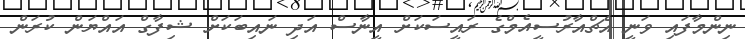
ނިންމާފައި ވަނީ އެޗްއާރުސީއެމްގެ ރައީސަކަށް އީނާސް އަދި ނައިބަކަށް ޝިފާގް އައްޔަން ކުރަން